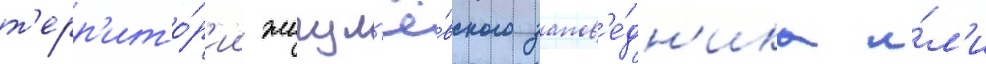
т'ерр'ито́р'ии жигул'ё́вского запов'е́дн'ика и́л'и